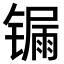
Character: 𨱐